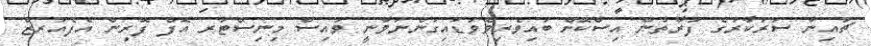
ޗައިނާ ސަރުކާރުގެ ފަރާތުން އިސްކޮށް ބައިވެރިވެވަޑައިގަންނަވާނީ ވައިސް މިނިސްޓަރ އޮފް ފޮރިން އެފެއަރޒް